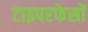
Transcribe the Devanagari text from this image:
टाइपरफेसों